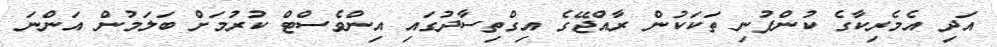
އަދި އެމެރިކާގެ ކުންފުނި ތަކަކުން ރާއްޖޭގެ އިގްތިސާދުގައި އިންވެސްޓް ކުރުމަށް ބަލަމުން އަންނަ